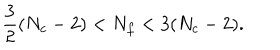
\frac { 3 } { 2 } ( N _ { c } - 2 ) < N _ { f } < 3 ( N _ { c } - 2 ) .